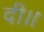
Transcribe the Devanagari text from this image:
दी।।